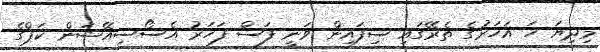
މިދިޔަ ހަ އަހަރުގެ ތެރޭގައި ސިފައިން ވަނީ ފަސް ފަހަރު އެސޯސިއޭޝަން ކަޕްގެ